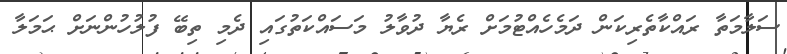
ސަލާމަތާ ރައްކާތެރިކަން ދަމެހެއްޓުމަށް ރެޔާ ދުވާލު މަސައްކަތުގައި ދެމި ތިބޭ ފުލުހުންނަށް ޙަމަލާ